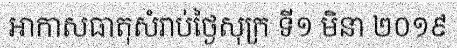
អាកាសធាតុសំរាប់ថ្ងៃសុក្រ ទី១ មិនា ២០១៩